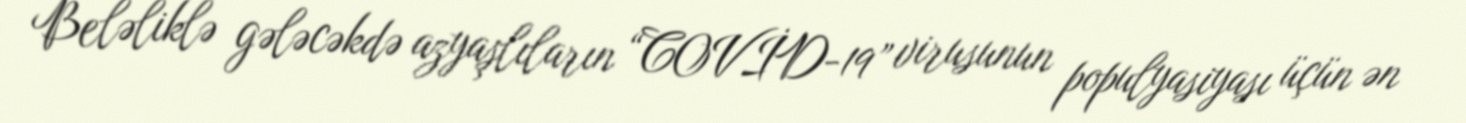
Beləliklə gələcəkdə azyaşlıların “COVİD-19” virusunun populyasiyası üçün ən